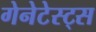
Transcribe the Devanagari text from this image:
गेनेटेस्ट्स